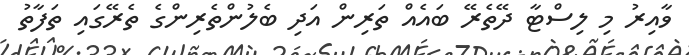
ވާއިރު މި ލިސްޓާ ދޭތެރޭ ބައެއް ތަރިން އަދި ބެލުންތެރިންގެ ތެރޭގައި ތަފާތު